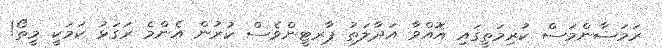
ރަމަޟާންމަސް ކުރިމަތީގައި އޮއްވާ އަދާލަތު ޕާރޓީންވެސް ކުރުން އެންމެ ރަގަޅު ކަމަކީ މީތޯ!